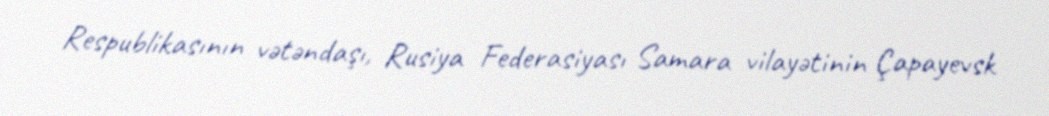
Respublikasının vətəndaşı, Rusiya Federasiyası Samara vilayətinin Çapayevsk